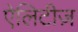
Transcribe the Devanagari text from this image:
ऐलिटीज़